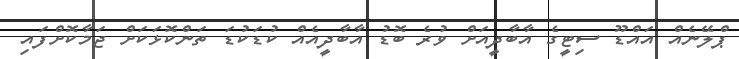
ޕްލޭނެއް އައްޑޫ ސިޓީގެ އާބާދީއަށް ވުރެ ބޮޑު އާބާދީއެއް ކުޑަކުޑަ ތަންކޮޅަކަށް ޖަމާކޮށްފައި